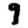
Digit: 9